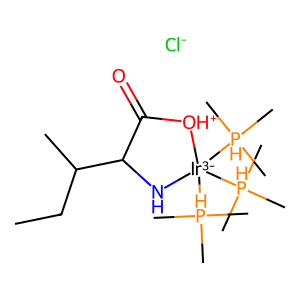
SMILES: CCC(C)C1N[Ir-3]([PH](C)(C)C)([PH](C)(C)C)([PH](C)(C)C)[OH+]C1=O.[Cl-]
Inhibits HIV replication: No